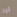
لرد